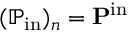
( \mathbb { P } _ { \mathrm { i n } } ) _ { n } = \mathbf { P } ^ { \mathrm { i n } }